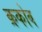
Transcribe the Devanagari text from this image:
क्रकोव